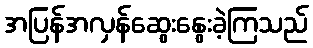
အပြန်အလှန်ဆွေးနွေးခဲ့ကြသည်